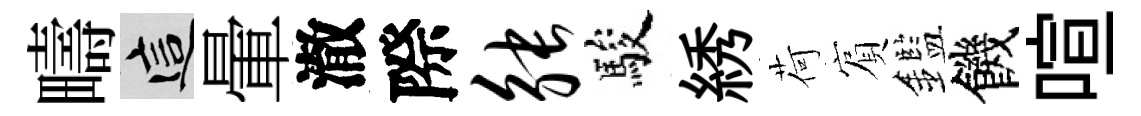
疇這暈澈際觖駿綉荷賔鑑饑喧